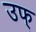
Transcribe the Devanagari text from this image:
उफ्‌